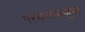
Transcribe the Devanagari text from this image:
परमत्थमंजूषा